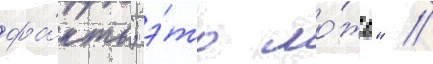
фа́кты; э́то ло́жь" //